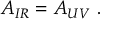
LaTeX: { \cal A } _ { I R } = { \cal A } _ { U V } \ .